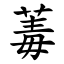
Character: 䓯